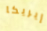
إيريكا